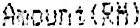
AMOUNT(RM)